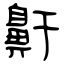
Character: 鼾